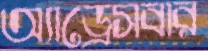
অ্যাড্রেসবার